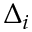
\Delta _ { i }